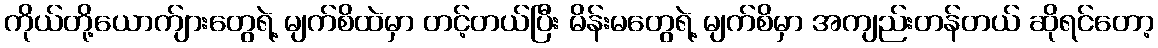
ကိုယ်တို့ယောက်ျားတွေရဲ့ မျက်စိထဲမှာ တင့်တယ်ပြီး မိန်းမတွေရဲ့ မျက်စိမှာ အကျည်းတန်တယ် ဆိုရင်တော့